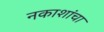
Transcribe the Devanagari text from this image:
नकाशांचा